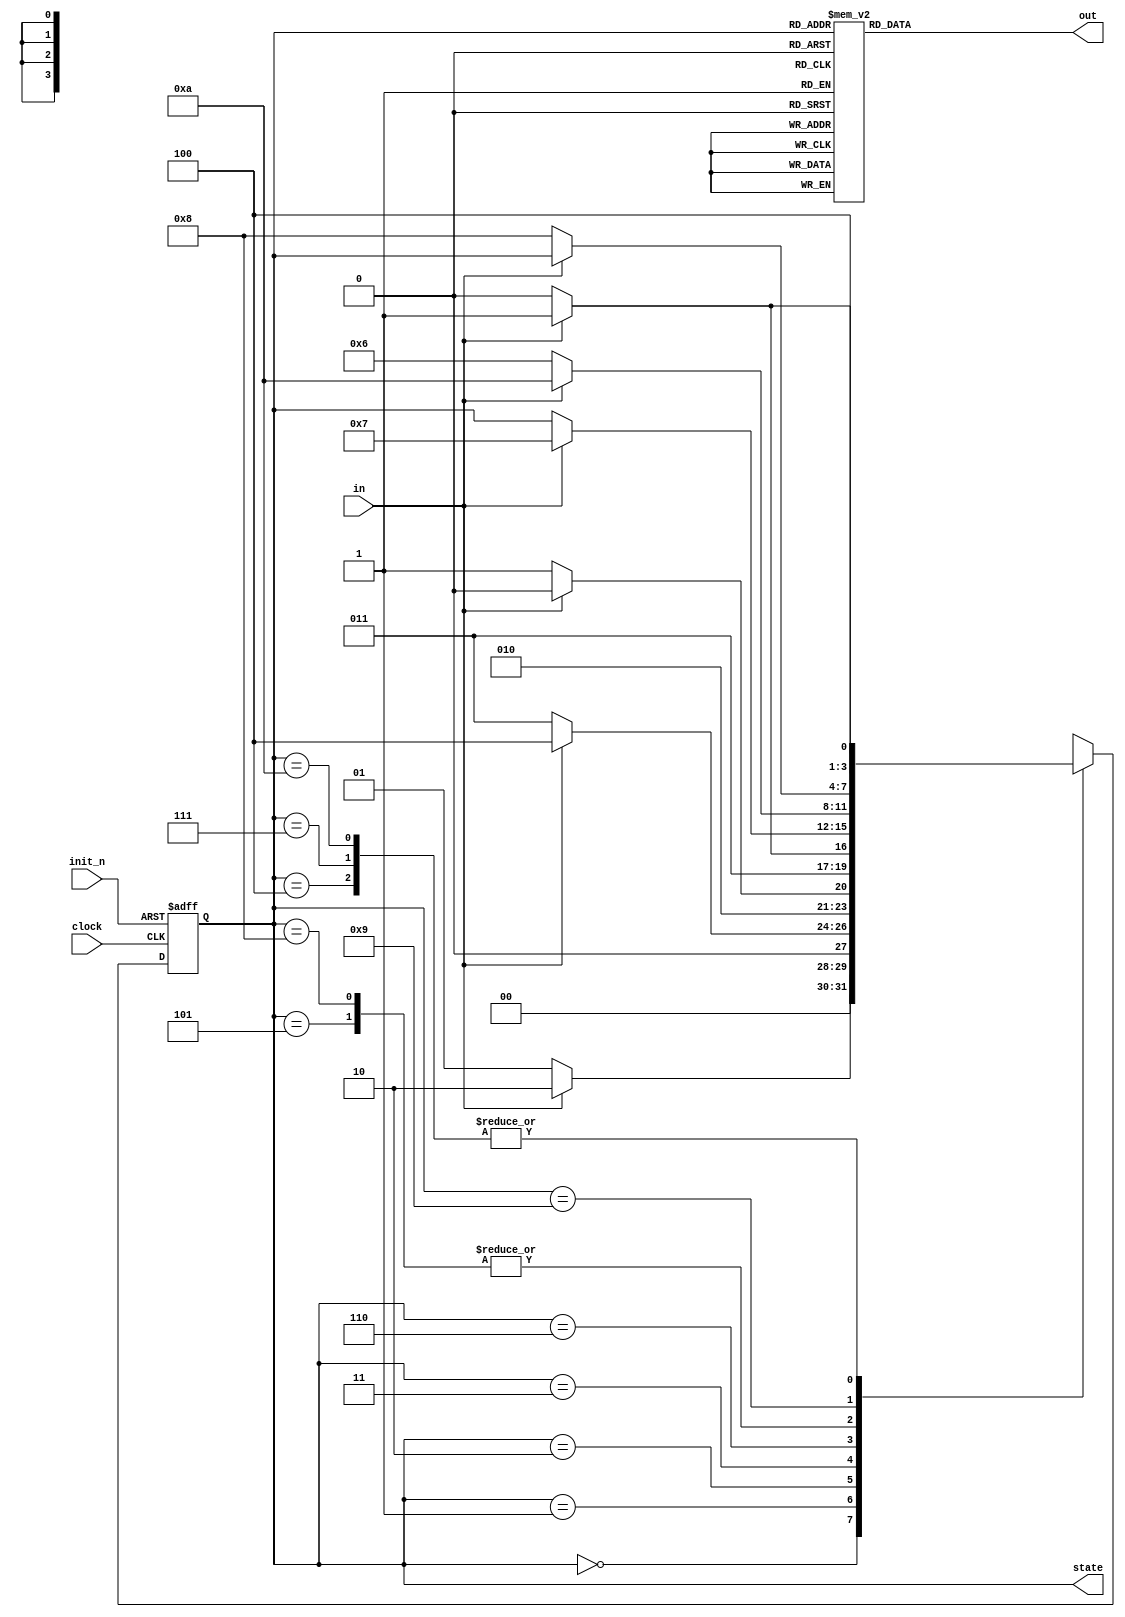

module problem3_sefunmi(clock, init_n, in, out, state);
   input        clock;
   input        init_n;   // Let's use an ASYNCHRONOUS and ACTIVE-LOW init.
   input        in;
   output       out;
   output [3:0] state;    // The state doesn't have to be an output. Including it as one makes it easier to debug.
                          // Replace the question mark with an appropriate number to represent the size of state.
   reg[3:0] state;     // FSM state
   reg      out;       // The output is the target of a procedure.
      // Declare a state having a sufficient number of bits for the number of states in your reduced table.

   // Declare a set of parameters to represent the states of your reduced table.
   // Follow the pattern started below.

   parameter sXXX = 4'b0000, s0XX = 4'b0001, s1XX = 4'b0010, s00X = 4'b0011, sX1X = 4'b0100, s10X = 4'b0101, sX00 = 4'b0110, s001 = 4'b0111, sX10 = 4'b1000, sX11 = 4'b1001, s101 = 4'b1010;

   // State Machine
   // Make additions to the init condition and the case structure to describe the next state behavior.
   always@(posedge clock or negedge init_n) begin
      if(init_n == 1'b0)
         state <= sXXX;
      else begin
         case(state)
            sXXX:    if(in == 1'b0)
                        state <= s0XX;
		     else
                        state <= s1XX;
            s0XX:    if(in == 1'b0)
                        state <= s00X;
		     else
                        state <= sX1X;
            s1XX:    if(in == 1'b0)
                        state <= s10X;
		     else
                        state <= sX1X;
            s00X:    if(in == 1'b0)
                        state <= sX00;
		     else
                        state <= s001;
            sX1X:    if(in == 1'b0)
                        state <= sX10;
		     else
                        state <= sX11;
            s10X:    if(in == 1'b0)
                        state <= sX00;
		     else
                        state <= s101;
            sX00:    if(in == 1'b1)
                        state <= s001;
            s001:    if(in == 1'b0)
                        state <= sX10;
		     else
                        state <= sX11;
            sX10:    if(in == 1'b0)
                        state <= sX00;
		     else
                        state <= s101;
            sX11:    if(in == 1'b0)
                        state <= sX10;
            s101:    if(in == 1'b0)
                        state <= sX10;
		     else
                        state <= sX11;
            default: state <= 4'bxxxx;
         endcase
      end
   end

   // Output machine
   // Make additions to the case structure to describe the output behavior for each state.
   always@(state) begin
      case(state)
         sXXX:      out = 1'b0; 
         s0XX:      out = 1'b0; 
         s1XX:      out = 1'b0;   
         s00X:      out = 1'b0;    
         sX1X:      out = 1'b0; 
         s10X:      out = 1'b0;
         sX00:      out = 1'b0;
         s001:      out = 1'b1;
         sX10:      out = 1'b0;
         sX11:      out = 1'b0;
         s101:      out = 1'b0;
         default:   out = 1'bx;
      endcase
  end

endmodule